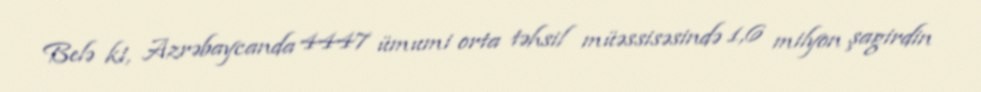
Belə ki, Azrəbaycanda 4447 ümumi orta təhsil müəssisəsində 1,6 milyon şagirdin